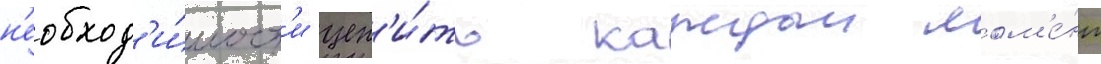
н'еобход'и́мост'и цен'и́ть каждыи мом'е́нт